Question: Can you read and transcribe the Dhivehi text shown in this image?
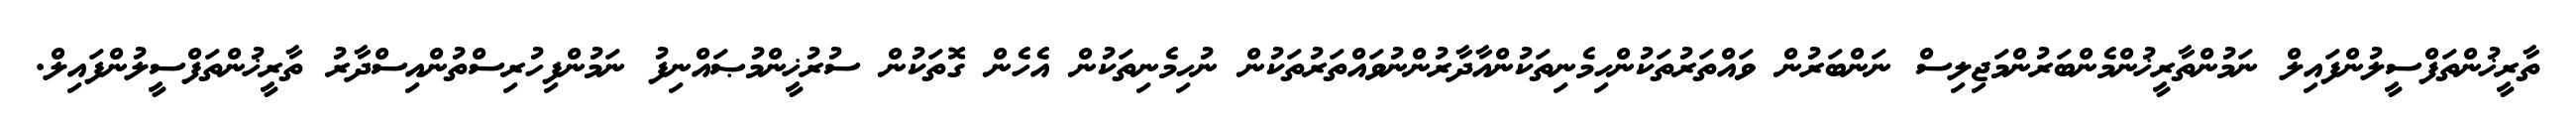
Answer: ތާރީޚުންތަފްސީލުންފައިލް ނަމުންތާރީޚުންމެންބަރުންމަޖިލިސް ނަންބަރުން ވައްތަރުތަކުންހިމެނިތަކުންއާދާރުންނުވައްތަރުތަކުން ނުހިމެނިތަކުން އެހެން ގޮތަކުން ސުރުޚީންމުޞައްނިފު ނަމުންފިހުރިސްތުންއިސްދާރު ތާރީޚުންތަފްސީލުންފައިލް.